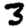
Digit: 3